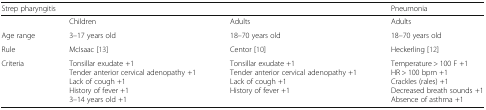
<table><thead><tr><td colspan="3"><b>Strep pharyngitis</b></td><td><b>Pneumonia</b></td></tr></thead><tbody><tr><td></td><td>Children</td><td>Adults</td><td>Adults</td></tr><tr><td>Age range</td><td>3–17 years old</td><td>18–70 years old</td><td>18–70 years old</td></tr><tr><td>Rule</td><td>McIsaac [13]</td><td>Centor [10]</td><td>Heckerling [12]</td></tr><tr><td>Criteria</td><td>Tonsillar exudate +1Tender anterior cervical adenopathy +1Lack of cough +1History of fever +13–14 years old +1</td><td>Tonsillar exudate +1Tender anterior cervical adenopathy +1Lack of cough +1History of fever +1</td><td>Temperature &gt; 100 F +1HR &gt; 100 bpm +1Crackles (rales) +1Decreased breath sounds +1Absence of asthma +1</td></tr></tbody></table>